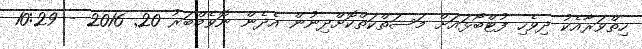
ހިތްވަރާއެކު ދިވެހި ފުޓްބޯޅައަށް މަސަތްކަތްކޮށްދިނުން އެދެން ނޮވެމްބަރު 20